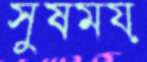
সুষময়